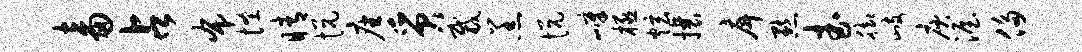
畜占布怪睛悦座质裁羔悦嶂极炫攘戽默武脚歧庾渥侈